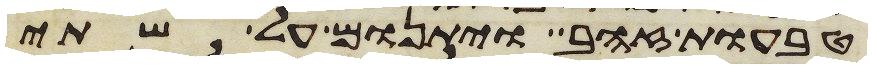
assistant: טבעות זהב ויתנום על שתי